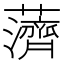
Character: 𱾿